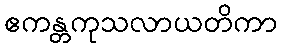
ဧကန္တကုသလာယတိကာ